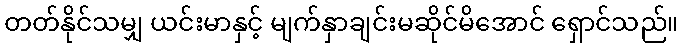
တတ်နိုင်သမျှ ယင်းမာနှင့် မျက်နှာချင်းမဆိုင်မိအောင် ရှောင်သည်။